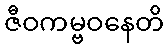
ဇီဝကမ္ဗဝနေတိ